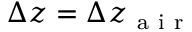
\Delta z = \Delta z _ { \mathrm { ~ a ~ i ~ r ~ } }